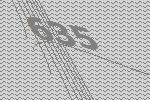
635